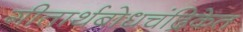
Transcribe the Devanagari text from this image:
गीतार्थबोधचंद्रिकेत